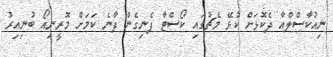
ނިއުކާސްލްއާ ދެކޮޅަށް ކުޅޭ މެޗުގައި ކޯސްޓާ ފެނިގެން ދާނެ ކަމަށް މޮރީނިއޯ ބުނިއިރު